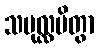
သမုလ္လပိတွာ